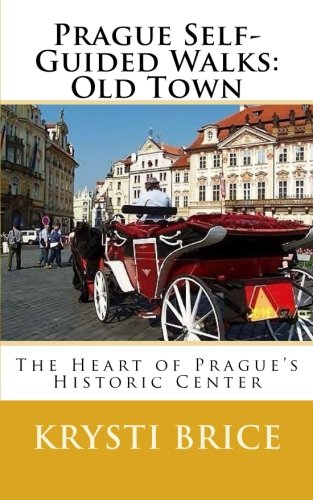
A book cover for Prague Self-Guided Walks:  Old Town; Krysti Brice; Travel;